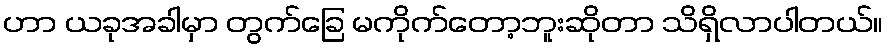
ဟာ ယခုအခါမှာ တွက်ခြေ မကိုက်တော့ဘူးဆိုတာ သိရှိလာပါတယ်။